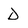
Character: D